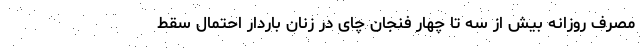
مصرف روزانه بیش از سه تا چهار فنجان چای در زنان باردار احتمال سقط